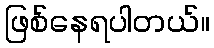
ဖြစ်နေရပါတယ်။